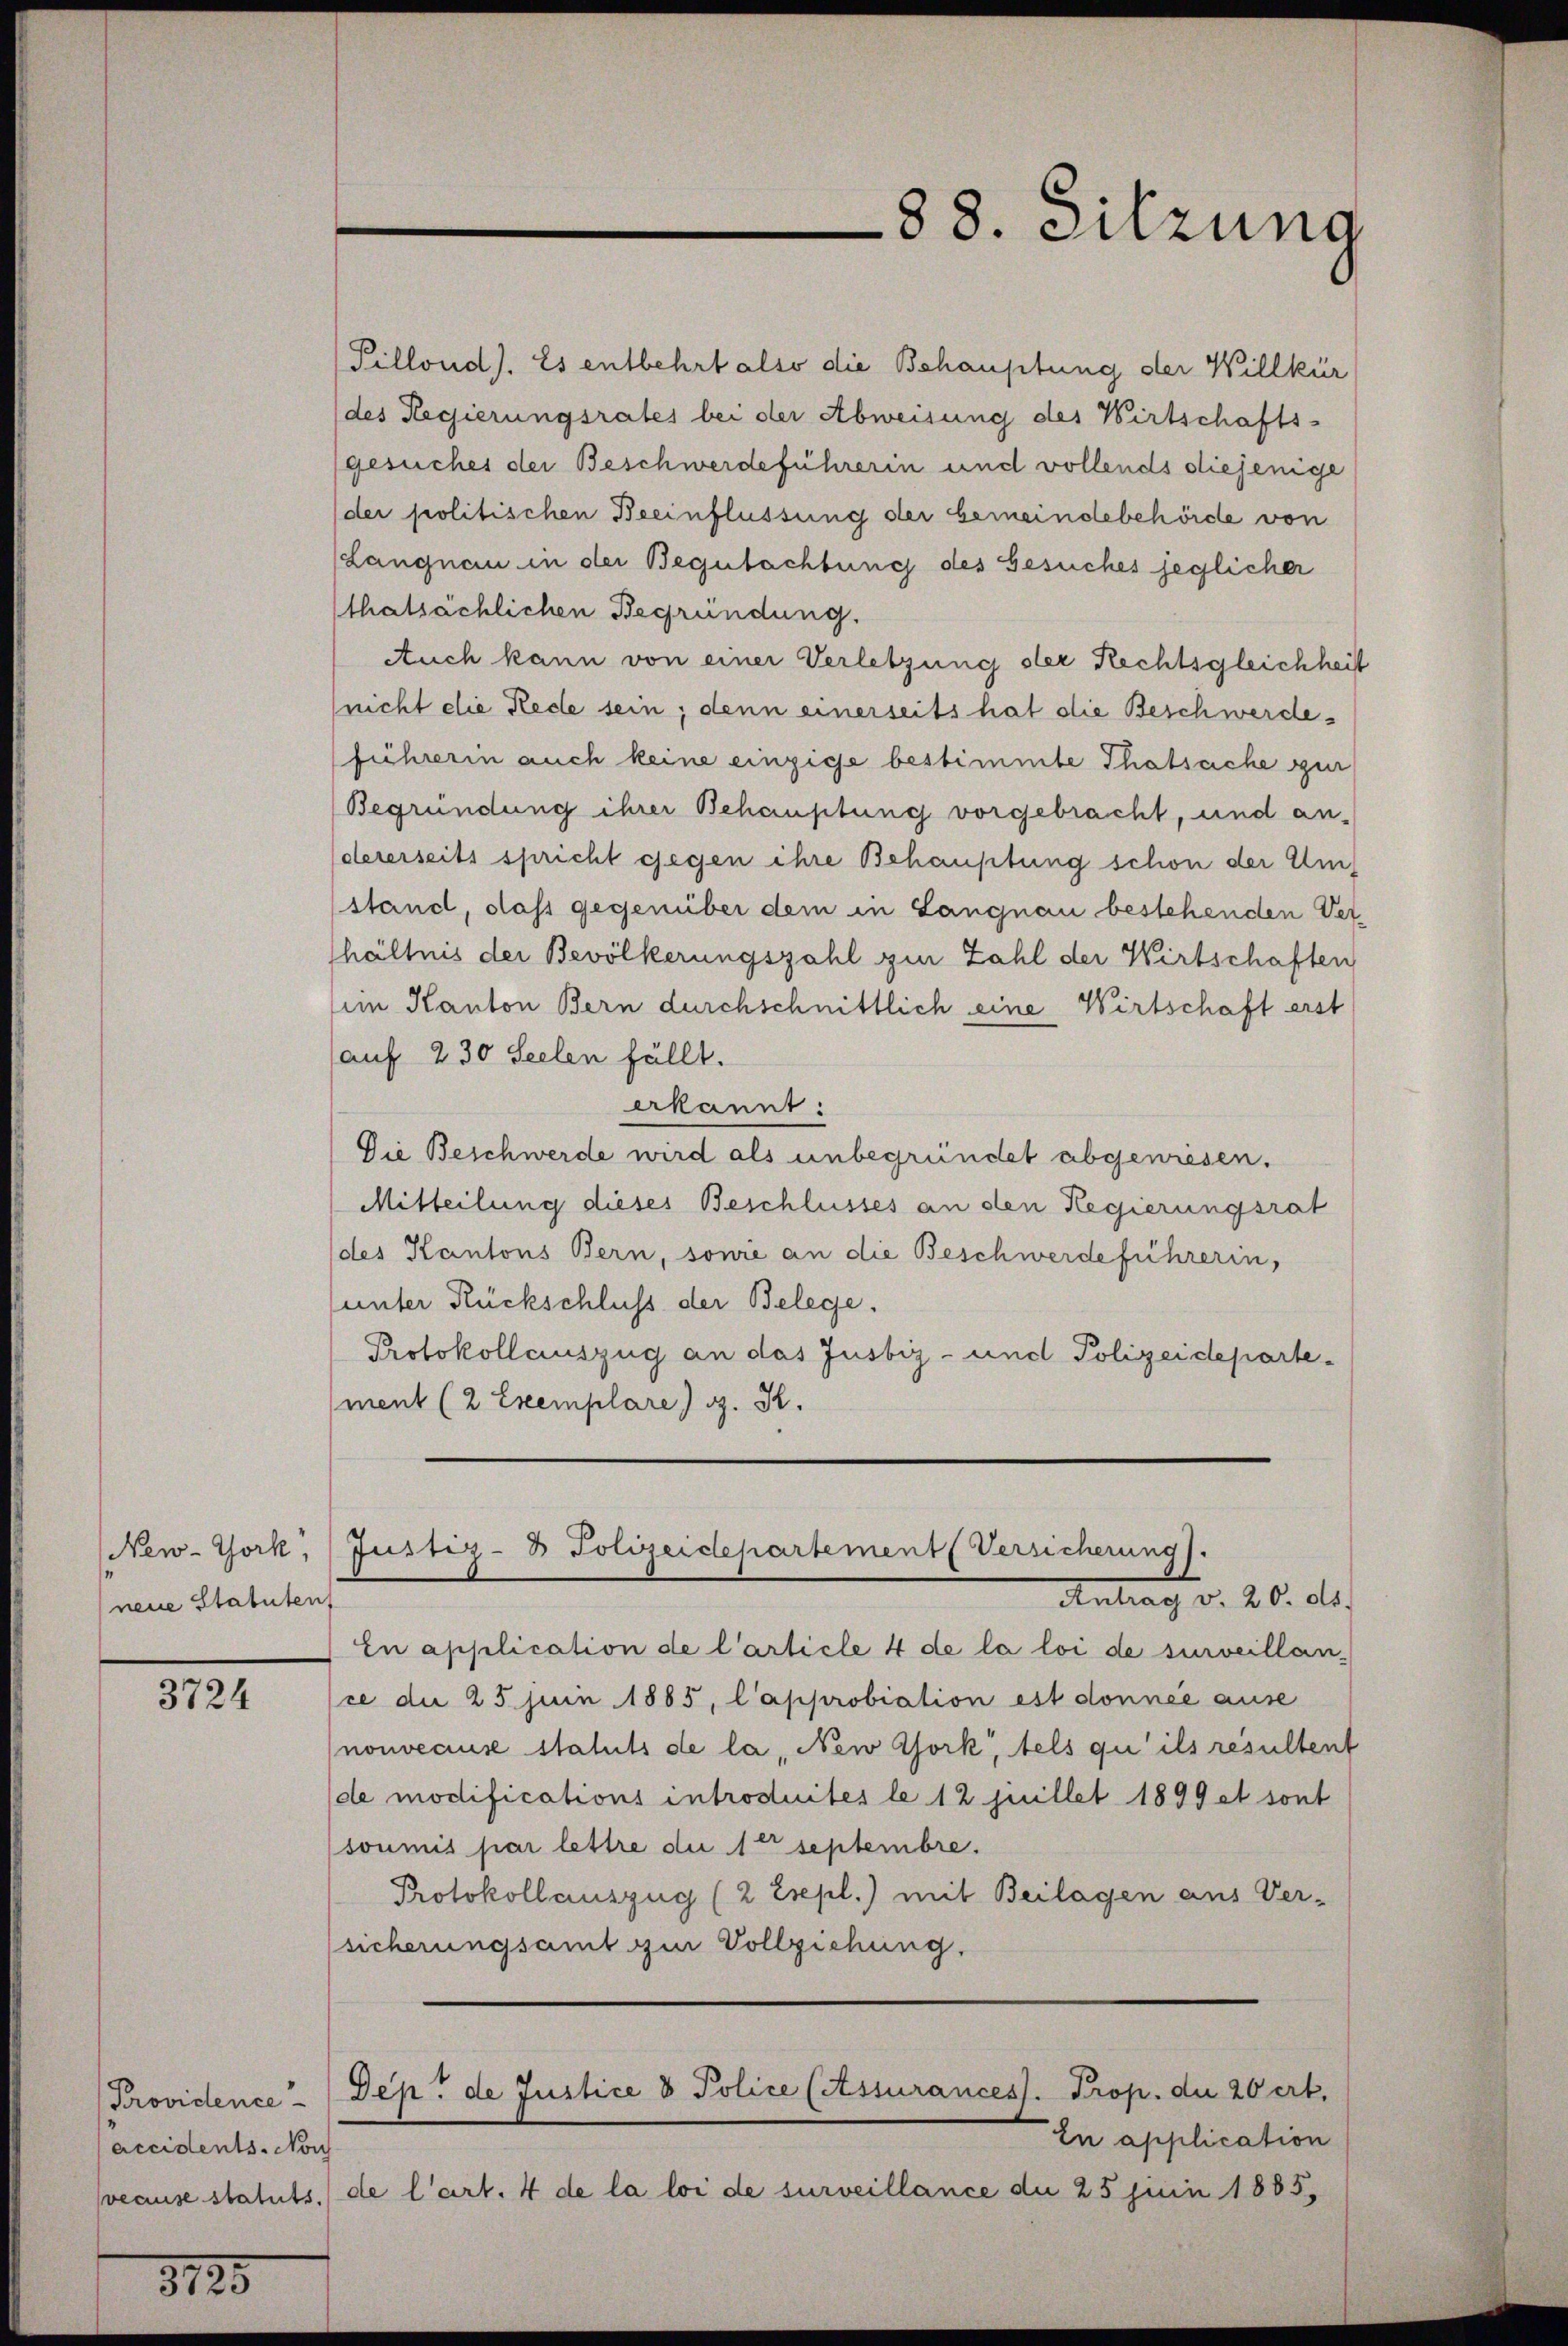
neue Statuten

3724

accidents. Noch

3125

88. Sitzung

Pillond). Es entbehrt also die Behauptung der Willkür
(des Regierungsrates bei der Abweisung des Wirtschafts-
gesuches der Beschwerdeführerin und vollends diejenige
(der politischen Beeinflussung der Gemeindebehörde von
(Langnau in der Begutachtung des Gesuches jeglicher
thatsächlichen Begründung.
Auch kann von einer Verletzung der Rechtsgleichheit
nicht die Rede sein; denn einerseits hat die Beschwerde.
führerin auch keine einzige bestimmte Thatsache zur
Begründung ihrer Behauptung vorgebracht, und andererseits spricht gegen ihre Behauptung schon der Umstand, dass gegenüber dem in Langnau bestehenden Ver-
hältnis der Bevölkerungszahl zur Zahl der Wirtschaften
im Kanton Bern durchschnittlich eine Wirtschaft erst
auf 230 Seelen fällt.
ekannt:
Die Beschwerde wird als unbegründet abgewiesen.
Mitteilung dieses Beschlusses an den Regierungsrat
des Kantons Bern, sowie an die Beschwerdeführerin,
(unter Rückschluss der Belege.
Protokollauszug an das Justiz- und Polizeidepartement (2 Exemplare) g. K.

En application de l’article 4 de la loi de surveillance die 25 Juin 1885, l’approbiation est donnée ause
nouveause statuts de la, New York, tels qu’ils resultent
de modifications introduites le 12 juillet 1899 et sont
soumis par lettre die 1ter septembre.
Protokollauszug (2 Esepl.) mit Beilagen aus Ver-
sicherungsamt zur Vollziehung.
e

New-York, (Justiz- & Polizeidepartement Versicherung).
Antrag v. 20. ds.

Providence Dep. de Justice 8 Police (Assurances. Prop. die 20 ert

In application
veause statuts de l’art. 4 de la loi de surveillance du 25 Juin 1885,